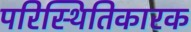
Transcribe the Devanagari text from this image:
परिस्थितिकारक